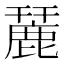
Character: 麉